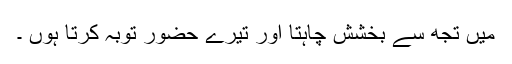
میں تجھ سے بخشش چاہتا اور تیرے حضور توبہ کرتا ہوں ۔